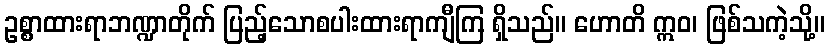
ဥစ္စာထားရာဘဏ္ဍာတိုက် ပြည့်သောစပါးထားရာကျီကြ ရှိသည်။ ဟောတိ ဣဝ၊ ဖြစ်သကဲ့သို့။